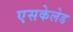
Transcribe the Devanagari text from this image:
एसकेलेड